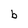
Character: b